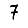
Digit: 7